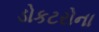
ડોકટરોના